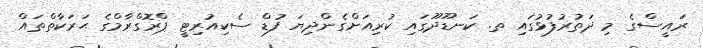
ރައީސްގެ މި ދަތުރުފުޅުގައި ތ. ކަނޑޫދޫގައި ކުރިއަށްގެންދިޔަ ފުޑް ސެކިއުރިޓީ ޕްރޮގްރާމްގެ ޙަރަކާތްތައް